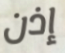
إذن